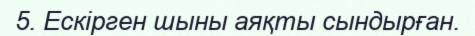
5. Ескірген шыны аяқты сындырған.